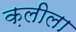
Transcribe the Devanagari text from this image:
क़लीला